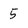
Character: 5